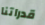
قدراتنا